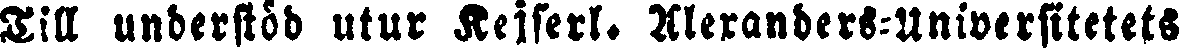
Till understöd utur Keiserl. Alexanders.-Universitetets